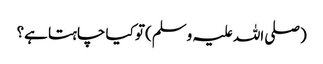
(صلی اللہ علیہ وسلم) تو کیا چاہتا ہے؟